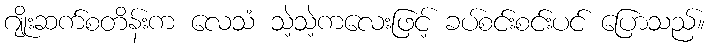
ဂျိုးဆက်စတိန်းက လေသံ သဲ့သဲ့ကလေးဖြင့် ခပ်စင်းစင်းပင် ပြောသည်။